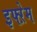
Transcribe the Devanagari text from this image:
इफ्ऱेम